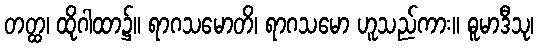
တတ္ထ၊ ထိုဂါထာ၌။ ရာဂသမောတိ၊ ရာဂသမော ဟူသည်ကား။ ဓူမာဒီသု၊